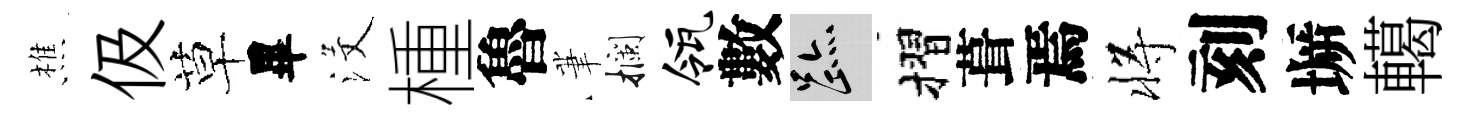
樵伋草畢沒㮔魯茟攔瓴數迹摺葺焉将刻󶱲轕